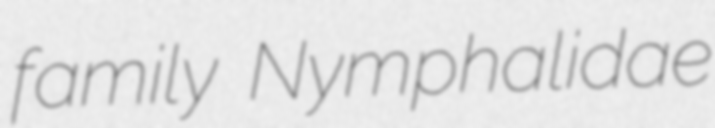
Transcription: family Nymphalidae